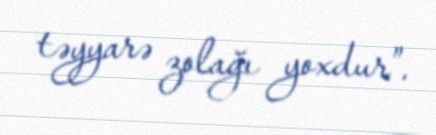
təyyarə zolağı yoxdur”.